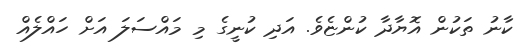
ކާނު ތަކުން އޮޔާދާ ކުންޏެވެ. އަދި ކުނީގެ މި މައްސަލަ އަށް ހައްލެއް